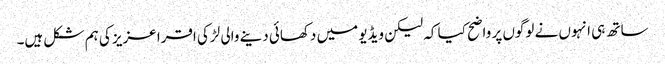
ساتھ ہی انہوں نے لوگوں پر واضح کیا کہ لیکن ویڈیو میں دکھائی دینے والی لڑکی اقرا عزیز کی ہم شکل ہیں۔